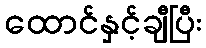
ထောင်နှင့်ချီပြီး